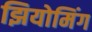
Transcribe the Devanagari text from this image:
झियोमिंग